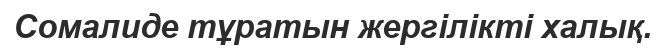
Сомалиде тұратын жергілікті халық.